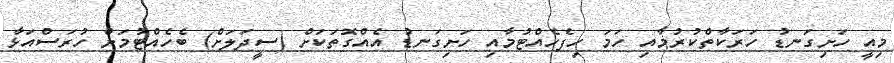
މިއީ ހަށިގަނޑު ހަރަކާތްކުރުމާއި ހަމަ ހިފެހެއްޓުމާއި ހަށިގަނޑު އެއްގޮތަކަށް (ސީދަލަށް) ބެހެއްޓުމަށް ހުރަސްއަޅާ